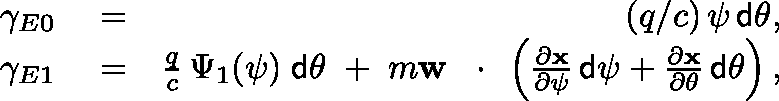
\begin{array} { r l r } { \gamma _ { E 0 } } & { { } = } & { ( q / c ) \, \psi \, { \sf d } \theta , } \\ { \gamma _ { E 1 } } & { { } = } & { \frac { q } { c } \, \Psi _ { 1 } ( \psi ) \; { \sf d } \theta \; + \; m { \bf w } \, \mathrm { ~ \boldmath ~ \cdot ~ } \, \left( \frac { \partial \bf x } { \partial \psi } \, { \sf d } \psi + \frac { \partial \bf x } { \partial \theta } \, { \sf d } \theta \right) , } \end{array}